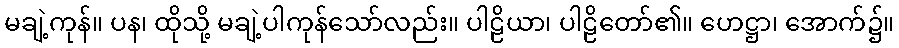
မချဲ့ကုန်။ ပန၊ ထိုသို့ မချဲ့ပါကုန်သော်လည်း။ ပါဠိယာ၊ ပါဠိတော်၏။ ဟေဋ္ဌာ၊ အောက်၌။